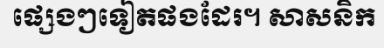
ផ្សេងៗទៀតផងដែរ។ សាសនិក